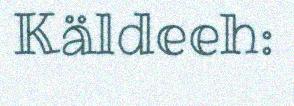
Käldeeh: